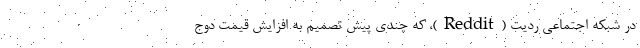
در شبکه اجتماعی ردیت (Reddit)، که چندی پیش تصمیم به افزایش قیمت دوج